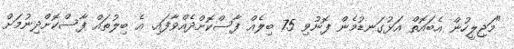
"މަޖިލީހުން އެބައޮތް އަޅުގަނޑުމެން ފޮނުވި 75 ބިލެއް ފާސްކޮށްދެއްވާފައި. އެ ބިލުތައް ފާސްކޮށްދިނުމަށް